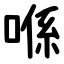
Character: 喺